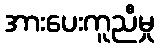
အားပေးကူညီမှု